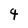
Character: 4